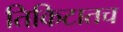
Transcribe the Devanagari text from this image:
तिकिटातच